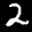
Label: 2